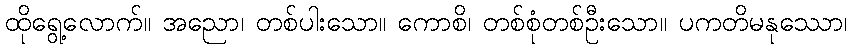
ထိုရွေ့လောက်။ အညော၊ တစ်ပါးသော။ ကောစိ၊ တစ်စုံတစ်ဦးသော။ ပကတိမနုဿော၊